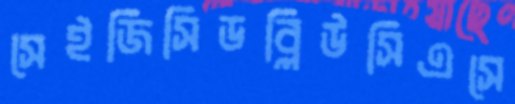
সেইজিসিডব্লিউসিএসে